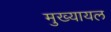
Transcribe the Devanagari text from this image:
मुख्‍यायल